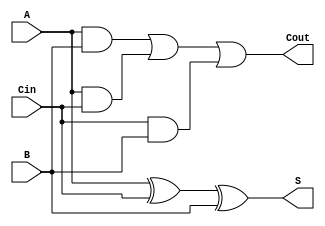
module FA(input A , B , Cin ,
		  output S , Cout  );

  wire wire1 , wire2 , wire3 ;
  
  and( wire1 , A , B );
  and( wire2 , A , Cin );
  and( wire3 , Cin , B );

  xor( S , A , Cin , B );

  or( Cout , wire1 , wire2 , wire3 );

endmodule